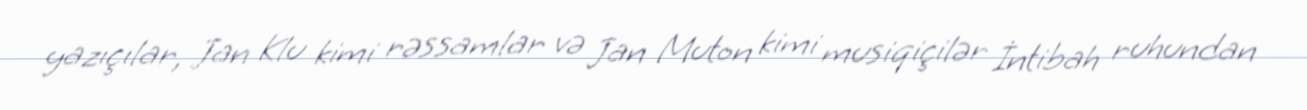
yazıçılar, Jan Klu kimi rəssamlar və Jan Muton kimi musiqiçilər İntibah ruhundan